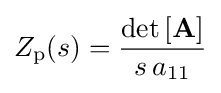
Z_{\mathrm {p} }(s)={\frac {\det \mathbf {[A]} }{s\,a_{11}}}